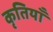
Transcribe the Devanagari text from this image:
कृतियॉं